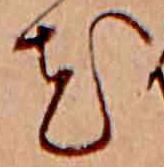
花